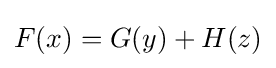
F(x)=G(y)+H(z)